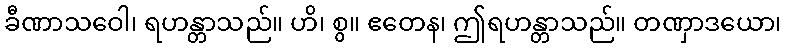
ခီဏာသဝေါ၊ ရဟန္တာသည်။ ဟိ၊ စွ။ ဧတေန၊ ဤရဟန္တာသည်။ တဏှာဒယော၊